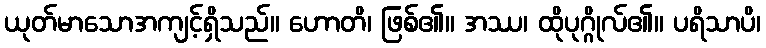
ယုတ်မာသောအကျင့်ရှိသည်။ ဟောတိ၊ ဖြစ်၏။ အဿ၊ ထိုပုဂ္ဂိုလ်၏။ ပရိသာပိ၊